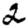
Digit: 2